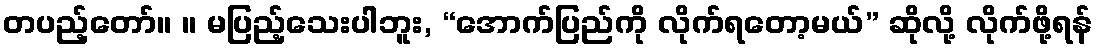
တပည့်တော်။ ။ မပြည့်သေးပါဘူး, “အောက်ပြည်ကို လိုက်ရတော့မယ်” ဆိုလို့ လိုက်ဖို့ရန်